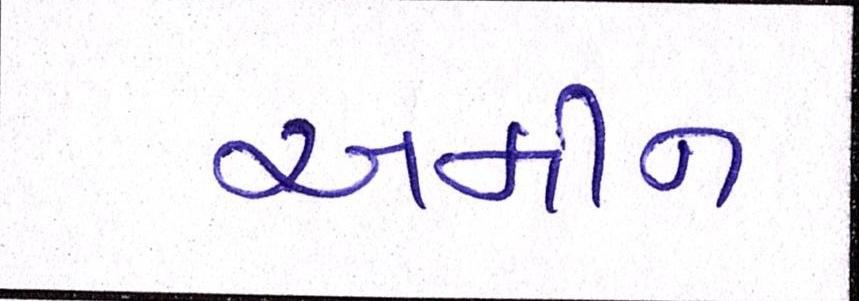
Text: અમીન